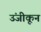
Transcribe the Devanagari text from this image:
उंजीकून